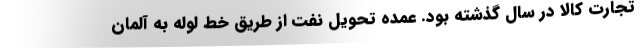
تجارت کالا در سال گذشته بود. عمده تحویل نفت از طریق خط لوله به آلمان